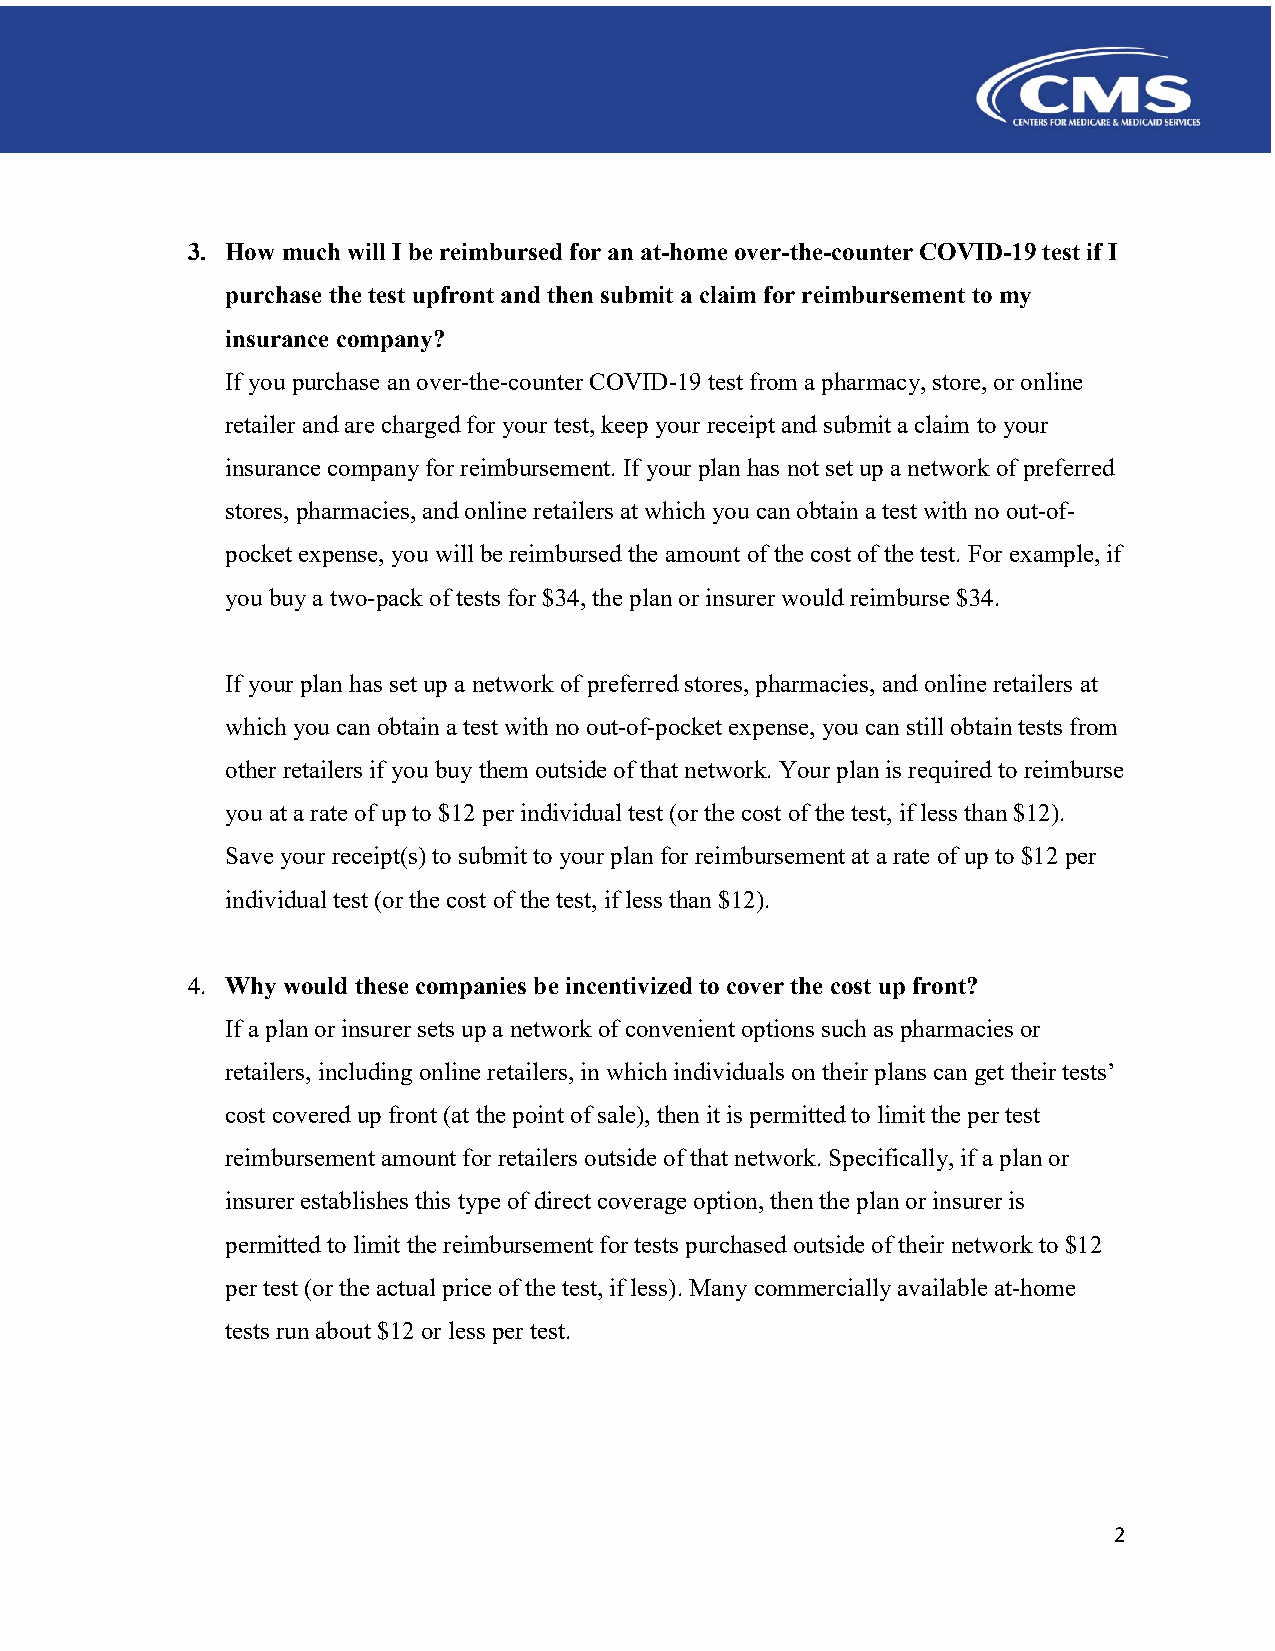
3. How much will I be reimbursed for an at-home over-the-counter COVID-19 test if I
 purchase the test upfront and then submit a claim for reimbursement to my
 insurance company?
 If you purchase an over-the-counter COVID-19 test from a pharmacy, store, or online
 retailer and are charged for your test, keep your receipt and submit a claim to your
 insurance company for reimbursement. If your plan has not set up a network of preferred
 stores, pharmacies, and online retailers at which you can obtain a test with no out-of-
 pocket expense, you will be reimbursed the amount of the cost of the test. For example, if
 you buy a two-pack of tests for $34, the plan or insurer would reimburse $34.
 If your plan has set up a network of preferred stores, pharmacies, and online retailers at
 which you can obtain a test with no out-of-pocket expense, you can still obtain tests from
 other retailers if you buy them outside of that network. Your plan is required to reimburse
 you at a rate of up to $12 per individual test (or the cost of the test, if less than $12).
 Save your receipt(s) to submit to your plan for reimbursement at a rate of up to $12 per
 individual test (or the cost of the test, if less than $12).
 4. Why would these companies be incentivized to cover the cost up front?
 If a plan or insurer sets up a network of convenient options such as pharmacies or
 retailers, including online retailers, in which individuals on their plans can get their tests’
 cost covered up front (at the point of sale), then it is permitted to limit the per test
 reimbursement amount for retailers outside of that network. Specifically, if a plan or
 insurer establishes this type of direct coverage option, then the plan or insurer is
 permitted to limit the reimbursement for tests purchased outside of their network to $12
 per test (or the actual price of the test, if less). Many commercially available at-home
 tests run about $12 or less per test.
 2